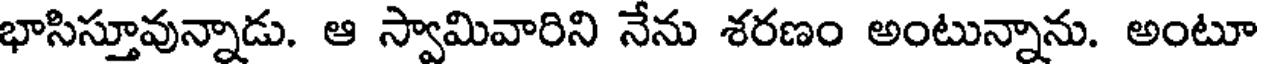
భాసిస్తూవున్నాడు. ఆ స్వామివారిని నేను శరణం అంటున్నాను. అంటూ